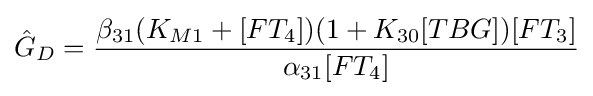
{\hat {G}}_{D}={{\beta _{31}(K_{M1}+[FT_{4}])(1+K_{30}[TBG])[FT_{3}]} \over {\alpha _{31}[FT_{4}]}}